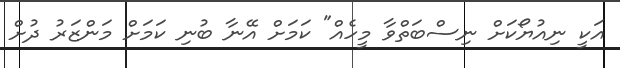
އަކީ ނިއުޔޯކަށް ނިސްބަތްވާ މީހެއް" ކަމަށް އޭނާ ބުނި ކަމަށް މަންޒަރު ދުށް